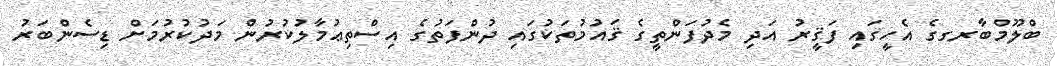
ބްލޫމްބާރގގެ އެހީގައި ފަޤީރު އަދި މެދުފަންތީގެ ޤައުމުތަކުގައި ދުންފަތުގެ އިސްތިޢުމާލުކުރުން މަދުކުރުމަށް ޑިސެންބަރު